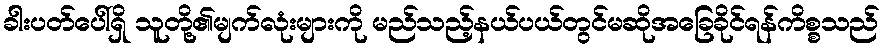
ခါးပတ်ပေါ်ရှိ သူတို့၏မျက်လုံးများကို မည်သည့်နယ်ပယ်တွင်မဆိုအခြေခိုင်ရန်ကိစ္စသည်